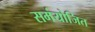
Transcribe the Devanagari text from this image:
समंयोजित